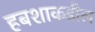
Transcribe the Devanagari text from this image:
हबशाकडील